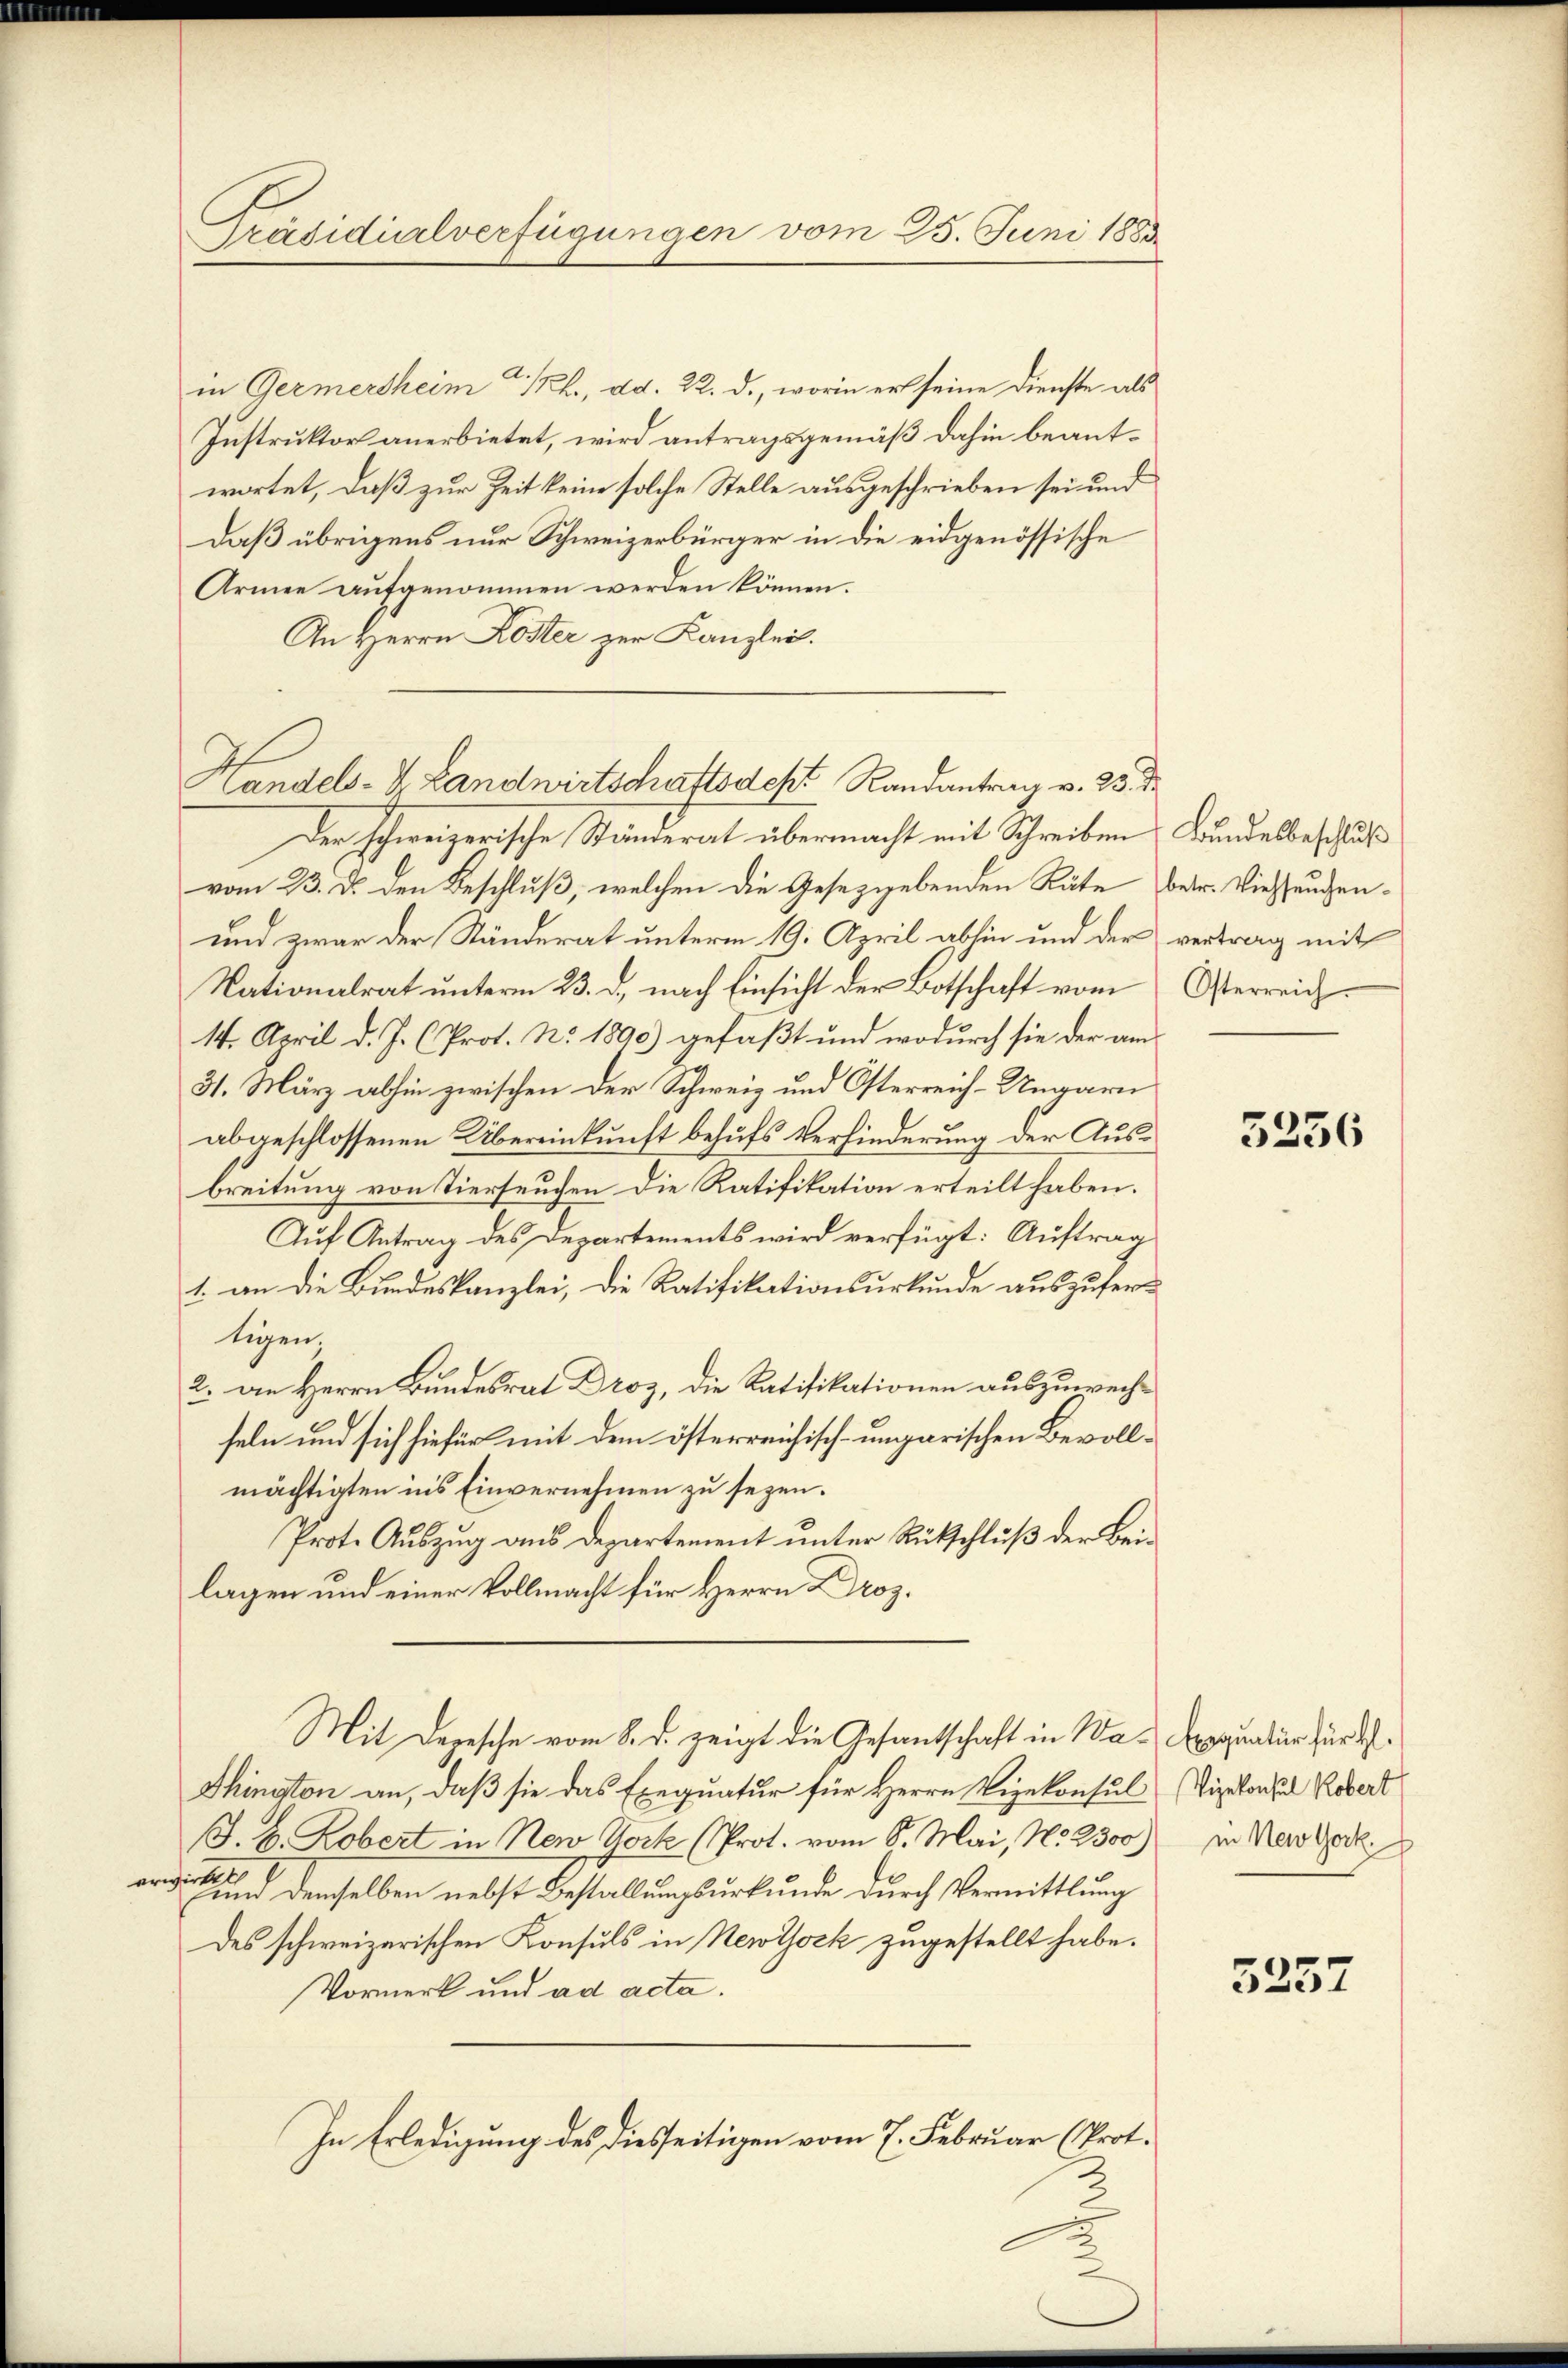
Präsidialverfügungen vom 25. Juni 1883

in Germersheim a/Rh., dd. 22. d., worin er seine Dienste als
Instruktor anerbietet, wird antragsgemäß dahin beantwortet, daß zur Zeit keine solche Stelle ausgeschrieben sei und
Daß übrigens nur Schweizerbürger in die eidgenössische
Armee aufgenommen werden können.
An Herrn Koster zur Kanzlei.
Der schweizerische Ständerat übermacht mit Schreiben Bundesbeschluß
vom 23. d. den Beschluß, welchen die Gesetzgebenden Räte betr. Viessungen¬
und zwar der Ständerat unterm 19. April abhin und der vertrag mit
Nationalrat unterm 23. d. nach Einsicht der Botschaft vom
14. April d. J. (Prot. No. 1890) gefaßt und wodurch sie der am
31. März abhin zwischen der Schweiz und Osterreich-Ungarn
abgeschlossenen Übereinkunft behufs Verhinderung der Aus¬
Breitung von Tierseuchen die Ratifikation erteilt haben.
Auf Antrag des Departements wird verfügt: Auftrag
1. an die Bundeskanzlei, die Ratifikationsurkunde auszufertigen
2. Die Herrn Bundesrat Droz, die Ratifikationen auszuwechseln und sich hiefür mit dem österreichisch-ungarischen Bevollmächtigten in’s Einvernehmen zu sezen.
Prote Auszug aus Departement unter Rückschluß der Beilagen und einer Vollmacht für Herrn Droz.
Mit Depesche vom 8. d. zeigt die Gesantschaft in Wa-Exequatur für d
Shington an, daß sie das Exequatur für Herrn Vizekonsul (Vizekonsul Kobert
J. H. Robert in New York (Prot. vom 6. Mai, No. 2300) in Melode
r        demselben nebst Bestallungsurkunde durch Vermittlung
des schweizerischen Konsuls in Newtock zugestellt habe.
Vormerk und ad acta.
In Erledigung des diesseitigen vom 7. Februar (Prot.

Handels- & Landwirtschaftsdest Randantrag v. 25.

Osterreich.

3256

5257